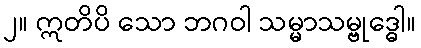
၂။ ဣတိပိ သော ဘဂဝါ သမ္မာသမ္ဗုဒ္ဓေါ။